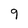
Character: 9